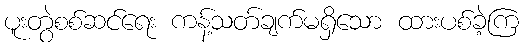
ပူးတွဲစစ်ဆင်ရေး ကန့်သတ်ချက်မရှိသော ထားပစ်ခဲ့ကြ